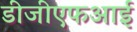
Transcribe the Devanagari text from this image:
डीजीएफआई